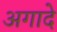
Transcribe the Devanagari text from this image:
अगादे